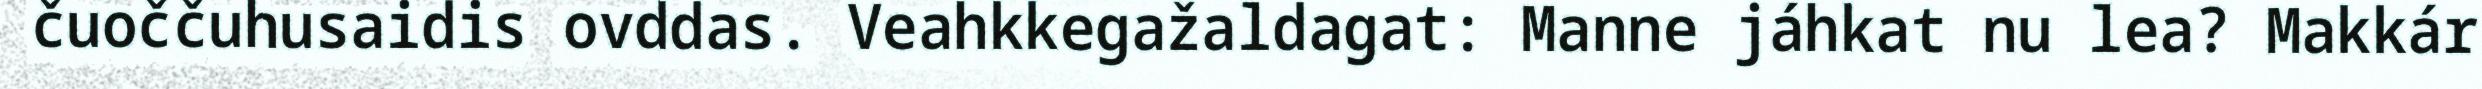
čuoččuhusaidis ovddas. Veahkkegažaldagat: Manne jáhkat nu lea? Makkár